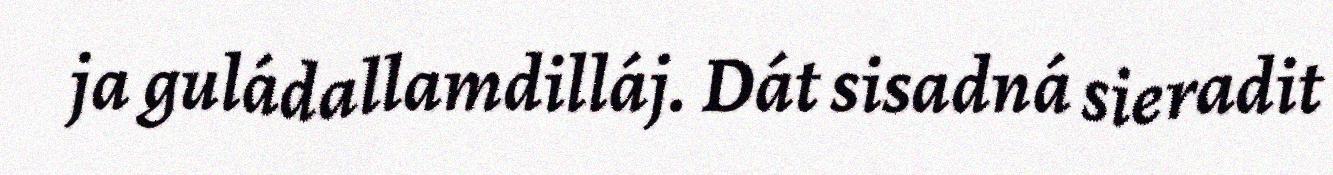
ja guládallamdilláj. Dát sisadná sieradit